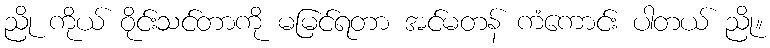
ညို ကိုယ် ဝိုင်းသင်တာကို မမြင်ရတာ အင်မတန် ကံကောင်း ပါတယ် ညို။